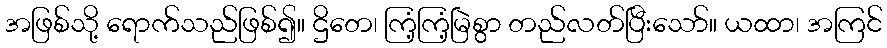
အဖြစ်သို့ ရောက်သည်ဖြစ်၍။ ဌိတေ၊ ကြံ့ကြံ့မြဲစွာ တည်လတ်ပြီးသော်။ ယထာ၊ အကြင်